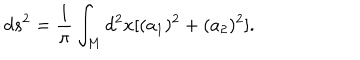
LaTeX: d s ^ { 2 } = \frac { 1 } { \pi } \int _ { M } d ^ { 2 } x [ ( a _ { 1 } ) ^ { 2 } + ( a _ { 2 } ) ^ { 2 } ] .